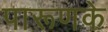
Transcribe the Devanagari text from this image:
पारूणके